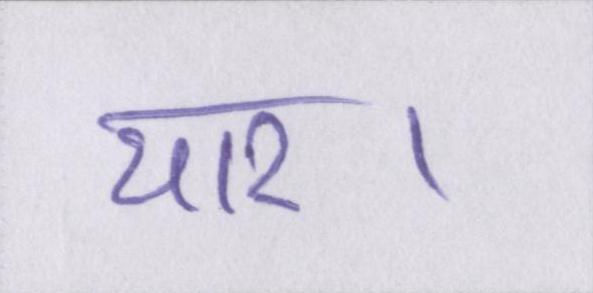
यार।